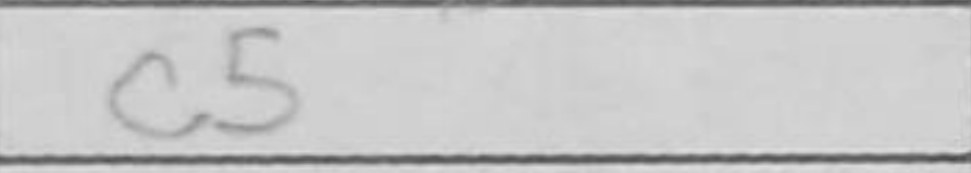
Transcription: c5